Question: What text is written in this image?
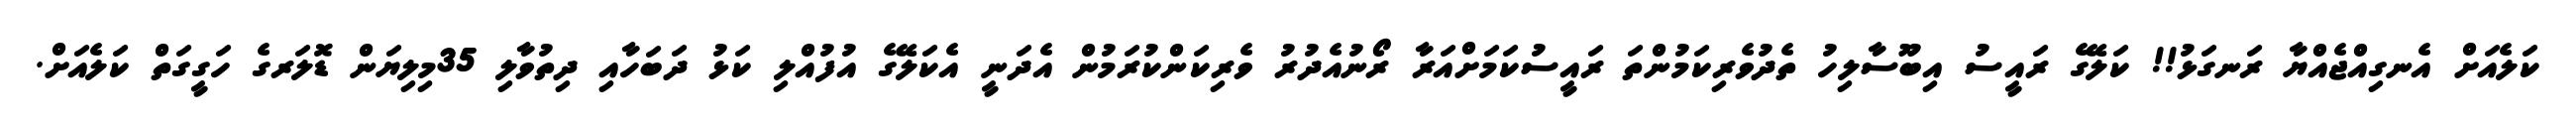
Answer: ކަލެއަށް އެނގިއްޖެއްޔާ ރަނގަޅު!! ކަލޭގެ ރައީސު އިބޫސާލިހު ތެދުވެރިކަމުންތަ ރައީސުކަމަށްއަރާ ރޯނުއެދުރު ވެރިކަންކުރަމުން އެދަނީ އެކަލޭގެ އުފުއްލި ކަޅު ދަބަހާއި ދިތުވާލި 35މިލިޔަން ޑޮލަރގެ ހަގީގަތް ކަލެއަށް.